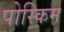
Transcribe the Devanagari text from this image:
पोस्किम